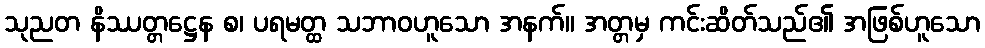
သုညတ နိဿတ္တဋ္ဌေန စ၊ ပရမတ္ထ သဘာဝဟူသော အနက်။ အတ္တမှ ကင်းဆိတ်သည်၏ အဖြစ်ဟူသော